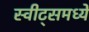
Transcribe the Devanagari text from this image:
स्वीट्‌समध्ये